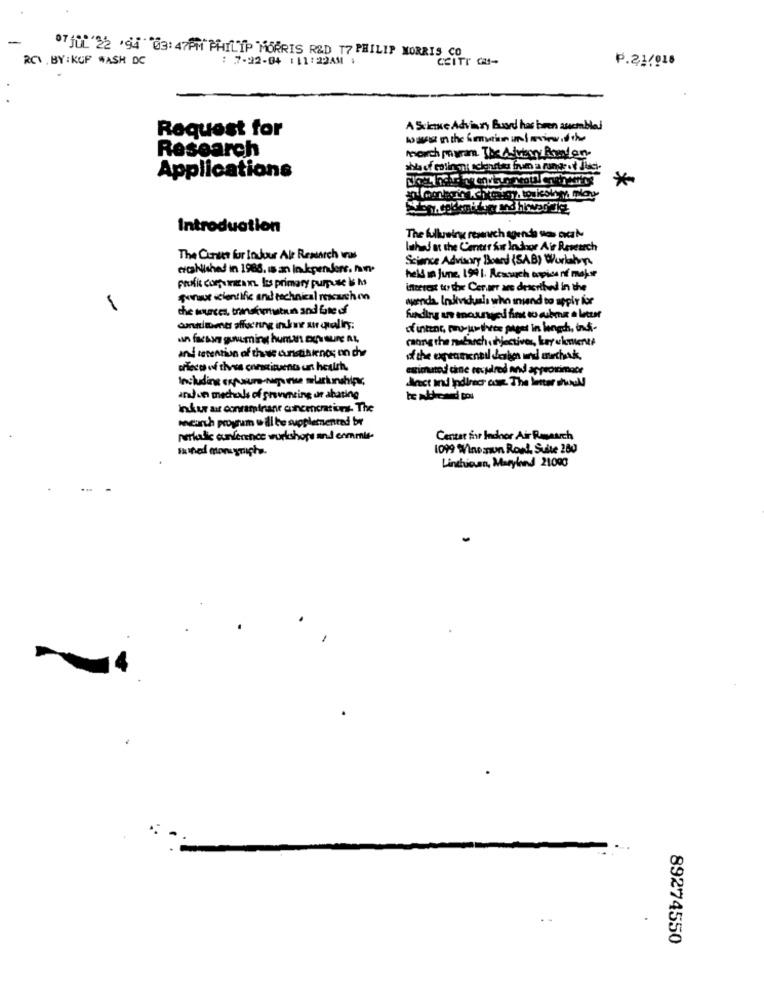
RCV. BY:KGF WASH DC
87 JUL 22 .94 03: 47PM PHILIP MORRIS R&D 17 PHILIP MORRIS CO
: 7-22-04 : 11:22AM 1
CEITT CH-
P.21/018
Request for
A Science Advinzy Buord has been auemblej
Research
moich pyram. The Adubory Annden-
Applications
*
Introduction
The fullusing research agenda sos axar À
lahad at the Center An Indoor Air Research
The Center for InJour Ale Research was
Science Advisory Board (SAB) Worldton
erchiished in 1988. is an Inkpenders. hun.
profit compuinteam. Izs primary purpose & M
held in fine, 199 1. Research topics nif majsse
interest to the Cervarr are described in the
sunwe scientific and technical rescushion
wenda. Individuals who isand to apply for
che wurces, transformation and fate of
of intent, procuthree piger in length, indi-
un faesses guuuming human ary sund At,
caong the mubasch .thjectiver, ker ukemente
and retention of these aunstihienas on chy
piece of thous continuano un health.
estimated cine respalred and approximate
Including exposure-nos rue murkinshipr
Anct and indinser cowe. The letter should
and un mechals of granting or abating
inkur ar conraminane concencratiuns- The
onearth program will be supplemented br
perlalic enfance workshops and emmie-
Center for Inchor Air Ramasich
sanned moneyriste.
1099 Winesmun Roph Suble 280
Linthicumn, Maryland 21000
-4
89274550